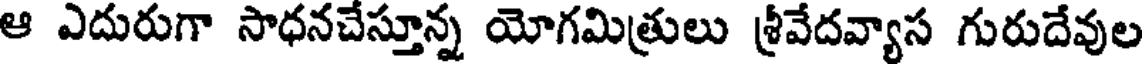
ఆ ఎదురుగా సాధనచేస్తూన్న యోగమిత్రులు శ్రీవేదవ్యాస గురుదేవుల